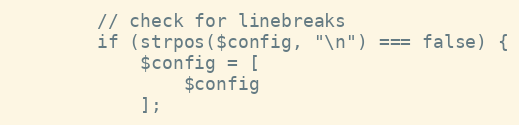
Language: PHP
        // check for linebreaks
        if (strpos($config, "\n") === false) {
            $config = [
                $config
            ];